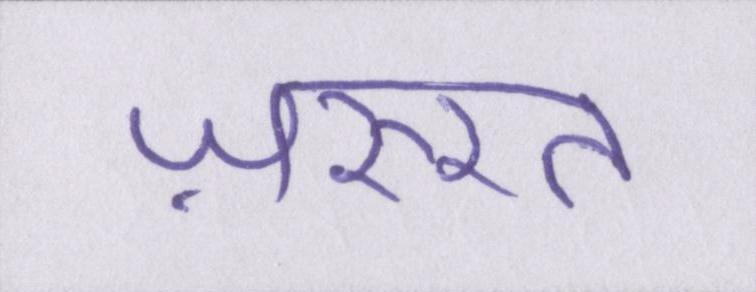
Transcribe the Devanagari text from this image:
ज़रुरत